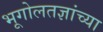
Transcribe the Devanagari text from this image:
भूगोलतज्ञांच्या